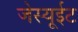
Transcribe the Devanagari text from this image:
जेस्यूईट